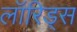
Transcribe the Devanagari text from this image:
लॉरिड्स